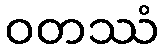
ဝတဿံ